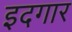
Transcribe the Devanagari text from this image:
इदगार